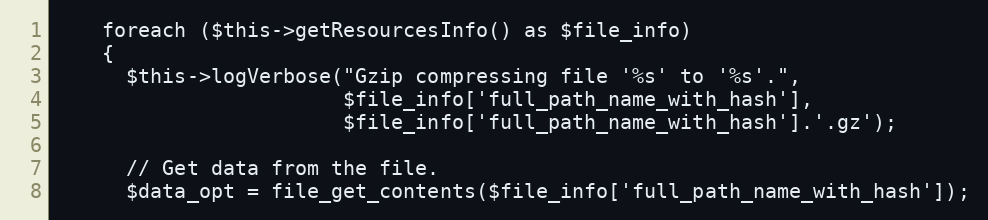
Language: PHP
    foreach ($this->getResourcesInfo() as $file_info)
    {
      $this->logVerbose("Gzip compressing file '%s' to '%s'.",
                        $file_info['full_path_name_with_hash'],
                        $file_info['full_path_name_with_hash'].'.gz');

      // Get data from the file.
      $data_opt = file_get_contents($file_info['full_path_name_with_hash']);